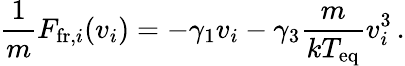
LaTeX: \frac{1}{m}F_{\mathrm{fr},i}(v_{i})=-\gamma_{1}v_{i}-\gamma_{3}\frac{m}{kT_{\mathrm{eq}}}v_{i}^{3}\, .